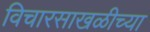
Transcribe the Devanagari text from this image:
विचारसाखळीच्या